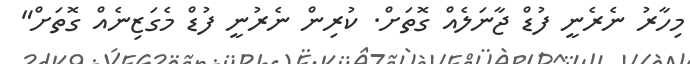
މިހާރު ނެރެނީ ފުޑް ޖާނަލެއް ގޮތަށް. ކުރިން ނެރުނީ ފުޑް މެގަޒިނެއް ގޮތަށް"